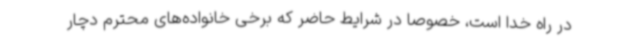
در راه خدا است، خصوصاً در شرایط حاضر که برخی خانواده‌های محترم دچار